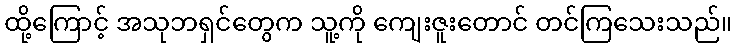
ထို့ကြောင့် အသုဘရှင်တွေက သူ့ကို ကျေးဇူးတောင် တင်ကြသေးသည်။